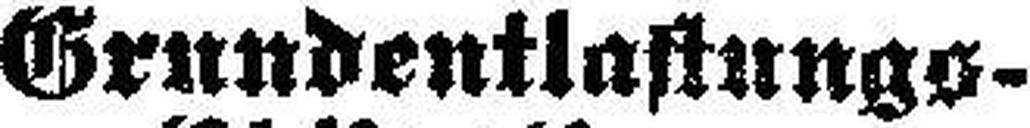
Grundentlastungs-